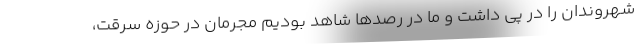
شهروندان را در پی داشت و ما در رصدها شاهد بودیم مجرمان در حوزه سرقت،